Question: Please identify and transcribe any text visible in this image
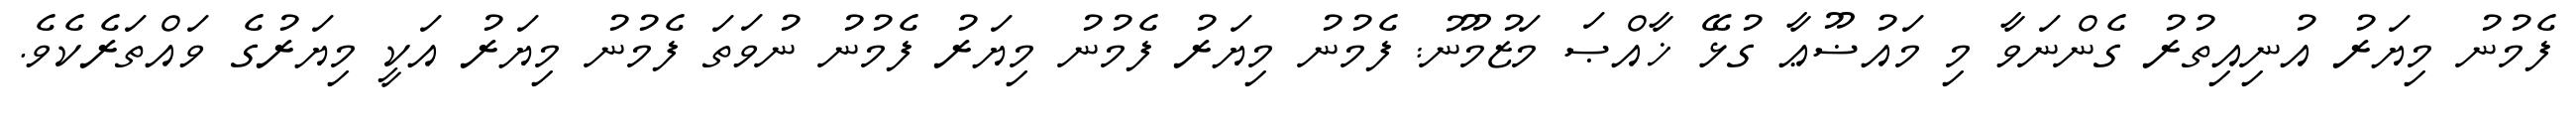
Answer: ފެމުނު މިޔަރު އުނިއިތުރު ގެންނަވާ މި މައުޟޫޢާ ގުޅޭ ޚާއްޞަ މަޒުމޫނު: ފެމުނު މިޔަރު ފެމުނު މިޔަރު ފެމުނު ނުވަތަ ފެމުނު މިޔަރު އަކީ މިޔަރުގެ ވައްތަރެކެވެ.